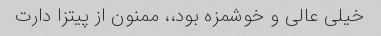
خیلی عالی و خوشمزه بود،، ممنون از پیتزا دارت